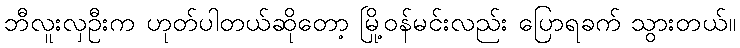
ဘီလူးလှဦးက ဟုတ်ပါတယ်ဆိုတော့ မြို့ဝန်မင်းလည်း ပြောရခက် သွားတယ်။